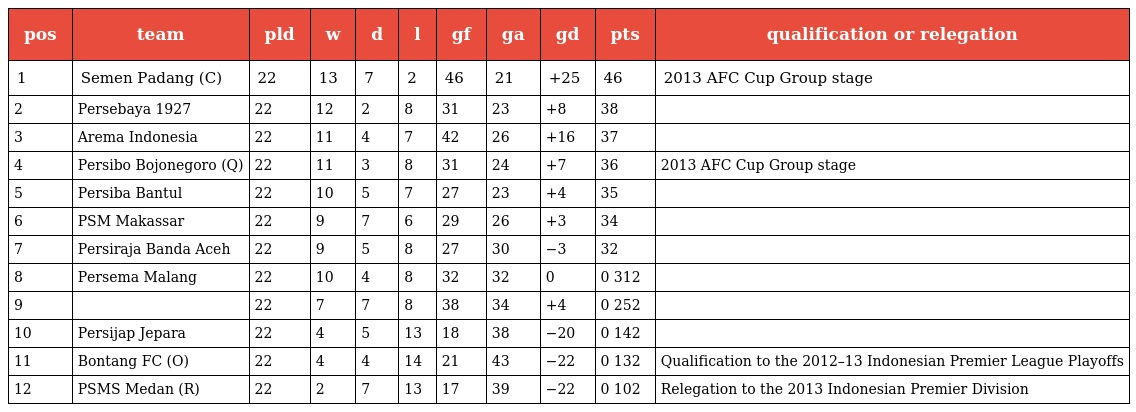
| pos | team | pld | w | d | l | gf | ga | gd | pts | qualification or relegation |
 | --- | --- | --- | --- | --- | --- | --- | --- | --- | --- | --- |
 | 1 | Semen Padang (C) | 22 | 13 | 7 | 2 | 46 | 21 | +25 | 46 | 2013 AFC Cup Group stage |
 | 2 | Persebaya 1927 | 22 | 12 | 2 | 8 | 31 | 23 | +8 | 38 |  |
 | 3 | Arema Indonesia | 22 | 11 | 4 | 7 | 42 | 26 | +16 | 37 |  |
 | 4 | Persibo Bojonegoro (Q) | 22 | 11 | 3 | 8 | 31 | 24 | +7 | 36 | 2013 AFC Cup Group stage |
 | 5 | Persiba Bantul | 22 | 10 | 5 | 7 | 27 | 23 | +4 | 35 |  |
 | 6 | PSM Makassar | 22 | 9 | 7 | 6 | 29 | 26 | +3 | 34 |  |
 | 7 | Persiraja Banda Aceh | 22 | 9 | 5 | 8 | 27 | 30 | −3 | 32 |  |
 | 8 | Persema Malang | 22 | 10 | 4 | 8 | 32 | 32 | 0 | 0 312 |  |
 | 9 |  | 22 | 7 | 7 | 8 | 38 | 34 | +4 | 0 252 |  |
 | 10 | Persijap Jepara | 22 | 4 | 5 | 13 | 18 | 38 | −20 | 0 142 |  |
 | 11 | Bontang FC (O) | 22 | 4 | 4 | 14 | 21 | 43 | −22 | 0 132 | Qualification to the 2012–13 Indonesian Premier League Playoffs |
 | 12 | PSMS Medan (R) | 22 | 2 | 7 | 13 | 17 | 39 | −22 | 0 102 | Relegation to the 2013 Indonesian Premier Division |